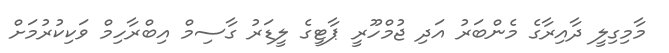
މާމިގިލީ ދާއިރާގެ މެންބަރު އަދި ޖުމްހޫރީ ޕާޓީގެ ލީޑަރު ގާސިމް އިބްރާހިމް ވަކިކުރުމަށް